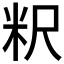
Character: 粎